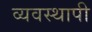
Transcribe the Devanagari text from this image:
व्यवस्थापी